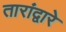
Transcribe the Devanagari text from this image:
तारांद्वारे